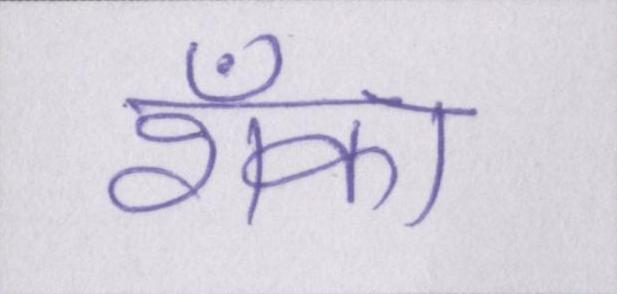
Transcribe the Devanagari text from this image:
शँका